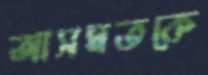
আসমতকে